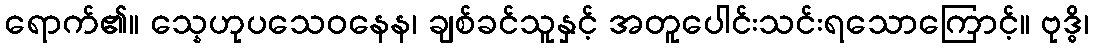
ရောက်၏။ သ္နေဟုပသေဝနေန၊ ချစ်ခင်သူနှင့် အတူပေါင်းသင်းရသောကြောင့်။ ဗုဒ္ဓိ၊